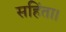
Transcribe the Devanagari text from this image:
सहिंता।